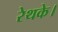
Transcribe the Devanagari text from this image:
रेथके।